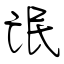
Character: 氓